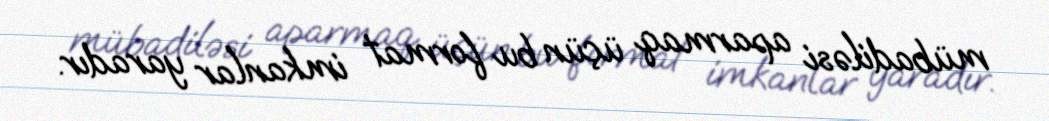
mübadiləsi aparmaq üçün bu format imkanlar yaradır.